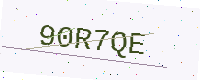
Text: 90R7QE